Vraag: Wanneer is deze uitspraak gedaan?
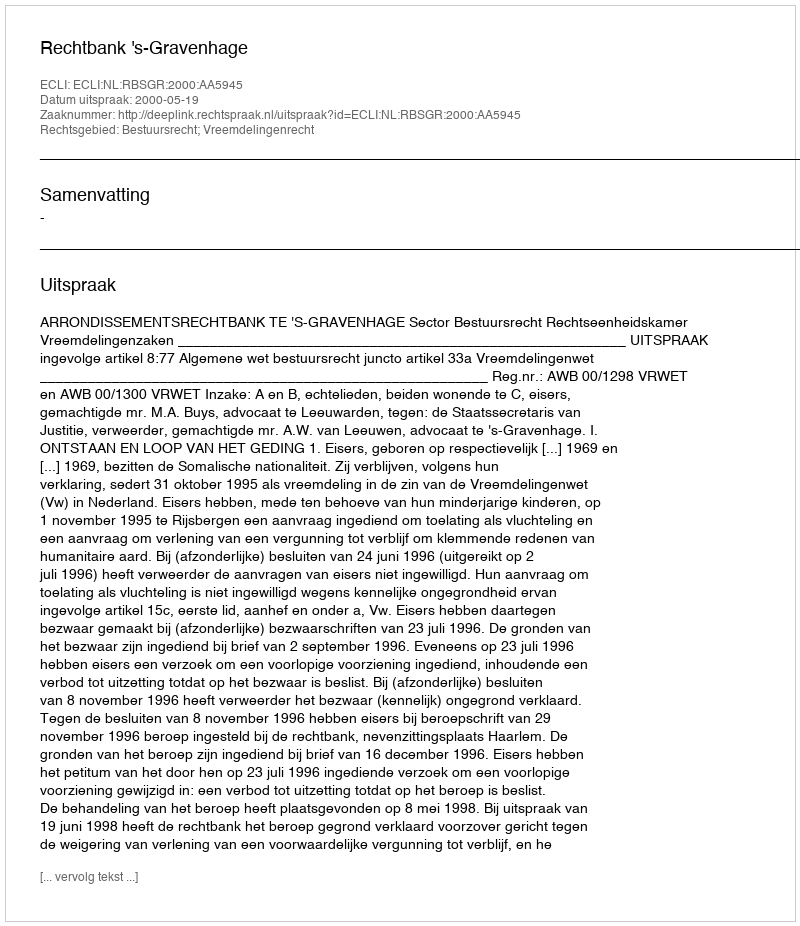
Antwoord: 2000-05-19